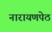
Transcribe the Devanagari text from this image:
नारायणपेठ